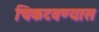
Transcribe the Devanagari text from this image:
चिकटवण्यास